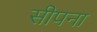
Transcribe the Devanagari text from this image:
सीपना